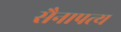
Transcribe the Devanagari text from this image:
सैनापत्य